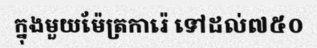
ក្នុងមួយម៉ែត្រការ៉េ ទៅដល់៧៥០